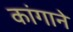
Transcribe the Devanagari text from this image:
कांगाने